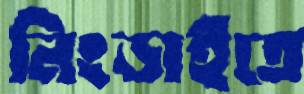
নিংড়াইতে